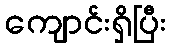
ကျောင်းရှိပြီး